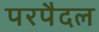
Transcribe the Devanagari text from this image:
परपैदल